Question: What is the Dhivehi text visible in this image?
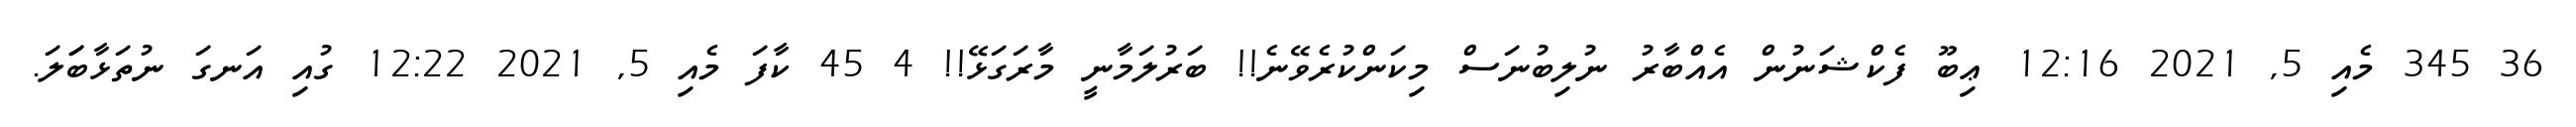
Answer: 36 345 މެއި 5, 2021 12:16 ޢިބޫ ފެކްޝަނުން އެއްބާރު ނުލިބުނަސް މިކަންކުރެވޭނެ!! ބަރުލަމާނީ މާރަގަޅޭ!! 4 45 ކާފަ މެއި 5, 2021 12:22 ގުއި އަނގަ ނުތަޅާބަަލަ.